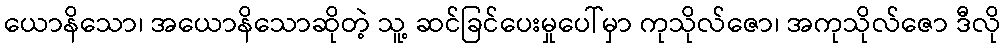
ယောနိသော၊ အယောနိသောဆိုတဲ့ သူ့ ဆင်ခြင်ပေးမှုပေါ်မှာ ကုသိုလ်ဇော၊ အကုသိုလ်ဇော ဒီလို